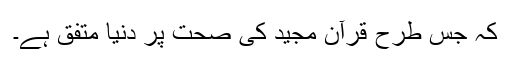
کہ جس طرح قرآن مجید کی صحت پر دنیا متفق ہے۔